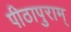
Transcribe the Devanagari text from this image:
पीठापुराम्‌